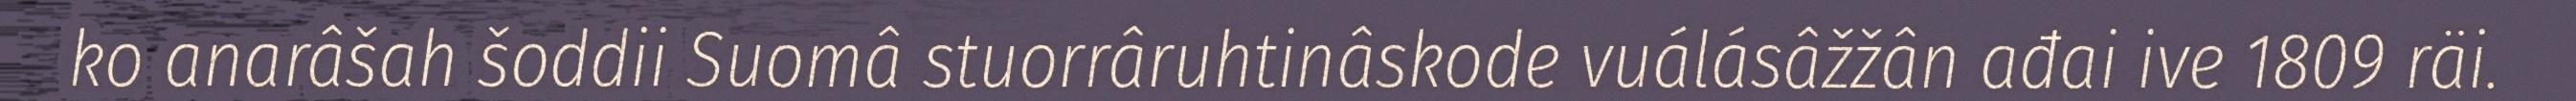
ko anarâšah šoddii Suomâ stuorrâruhtinâskode vuálásâžžân ađai ive 1809 räi.